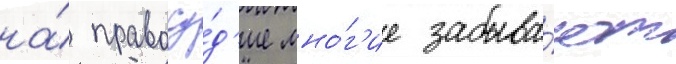
на́ правосу́д'ие мно́г'ие забыва́ют